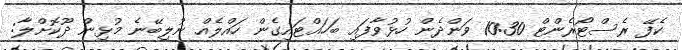
ކެފޭ ރެސްޓޯރެންޓް 10:30 ވަންދެން ހުޅުވާފައި ބަހައްޓައިގެން ހައްލެެއް ނުލިބޭނެ މުޅިން ދޫކޮށްލާ: